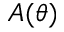
A ( \theta )